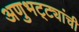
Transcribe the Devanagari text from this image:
अणुभट्ट्यांची